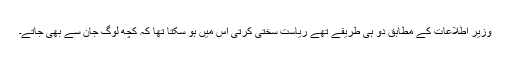
وزیر اطلاعات کے مطابق دو ہی طریقے تھے ریاست سختی کرتی اس میں ہو سکتا تھا کہ کچھ لوگ جان سے بھی جاتے۔